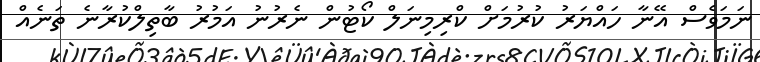
ނަމަވެސް އޭނާ ހައްޔަރު ކުރުމަށް ކްރިމިނަލް ކޯޓުން ނެރުނު އަމުރު ބާތިލްކުރާނެ ތަނެއް